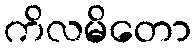
ကိလမိတော